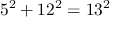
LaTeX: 5 ^ { 2 } + 1 2 ^ { 2 } = 1 3 ^ { 2 }